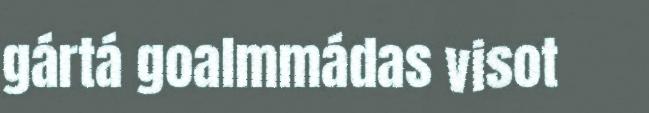
gártá goalmmádas visot